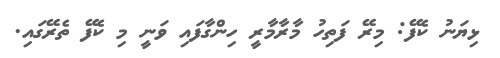
ޅިޔަނު ކެފޭ: މިރޭ ފަތިހު މާރާމާރީ ހިންގާފައި ވަނީ މި ކެފޭ ތެރޭގައި.